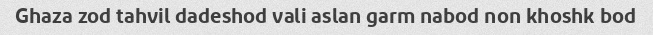
Ghaza zod tahvil dadeshod vali aslan garm nabod non khoshk bod